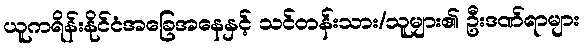
ယူကရိန်းနိုင်ငံအခြေအနေနှင့် သင်တန်းသား/သူများ၏ ဦးဒဏ်ရာများ